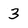
Character: 3